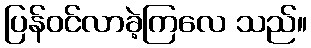
ပြန်ဝင်လာခဲ့ကြလေ သည်။